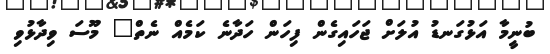
ބުނީމާ އަޅުގަނޑު އުލަށް ޖަހައިގެން ފިހަން ހަދާނެ ކަމެއް ނެތް" މޫސަ ވިދާޅުވި